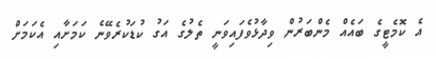
އެ ކޮމެޓީގެ ބައެއް މެންބަރުން ވިދާޅުވެފައިވަނީ ތެލުގެ އަގު ކުޑަކުރެވޭނެ ކަމަށާއި އެކަމަށް